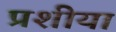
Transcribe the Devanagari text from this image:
प्रशीया